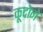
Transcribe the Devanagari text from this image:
कूदोगे